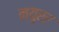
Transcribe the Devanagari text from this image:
न्युरर